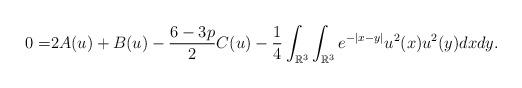
LaTeX: \begin{align*}0=&2A(u)+B(u)-\frac{6-3p}{2}C(u)-\frac{1}{4}\int_{\mathbb{R}^{3}}\int_{\mathbb{R}^{3}}e^{-|x-y|}u^{2}(x)u^{2}(y)dxdy.\end{align*}